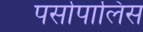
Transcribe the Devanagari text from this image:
पर्सापालिस